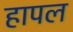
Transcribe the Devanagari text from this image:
हापल